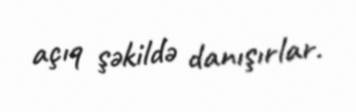
açıq şəkildə danışırlar.